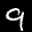
Label: 9